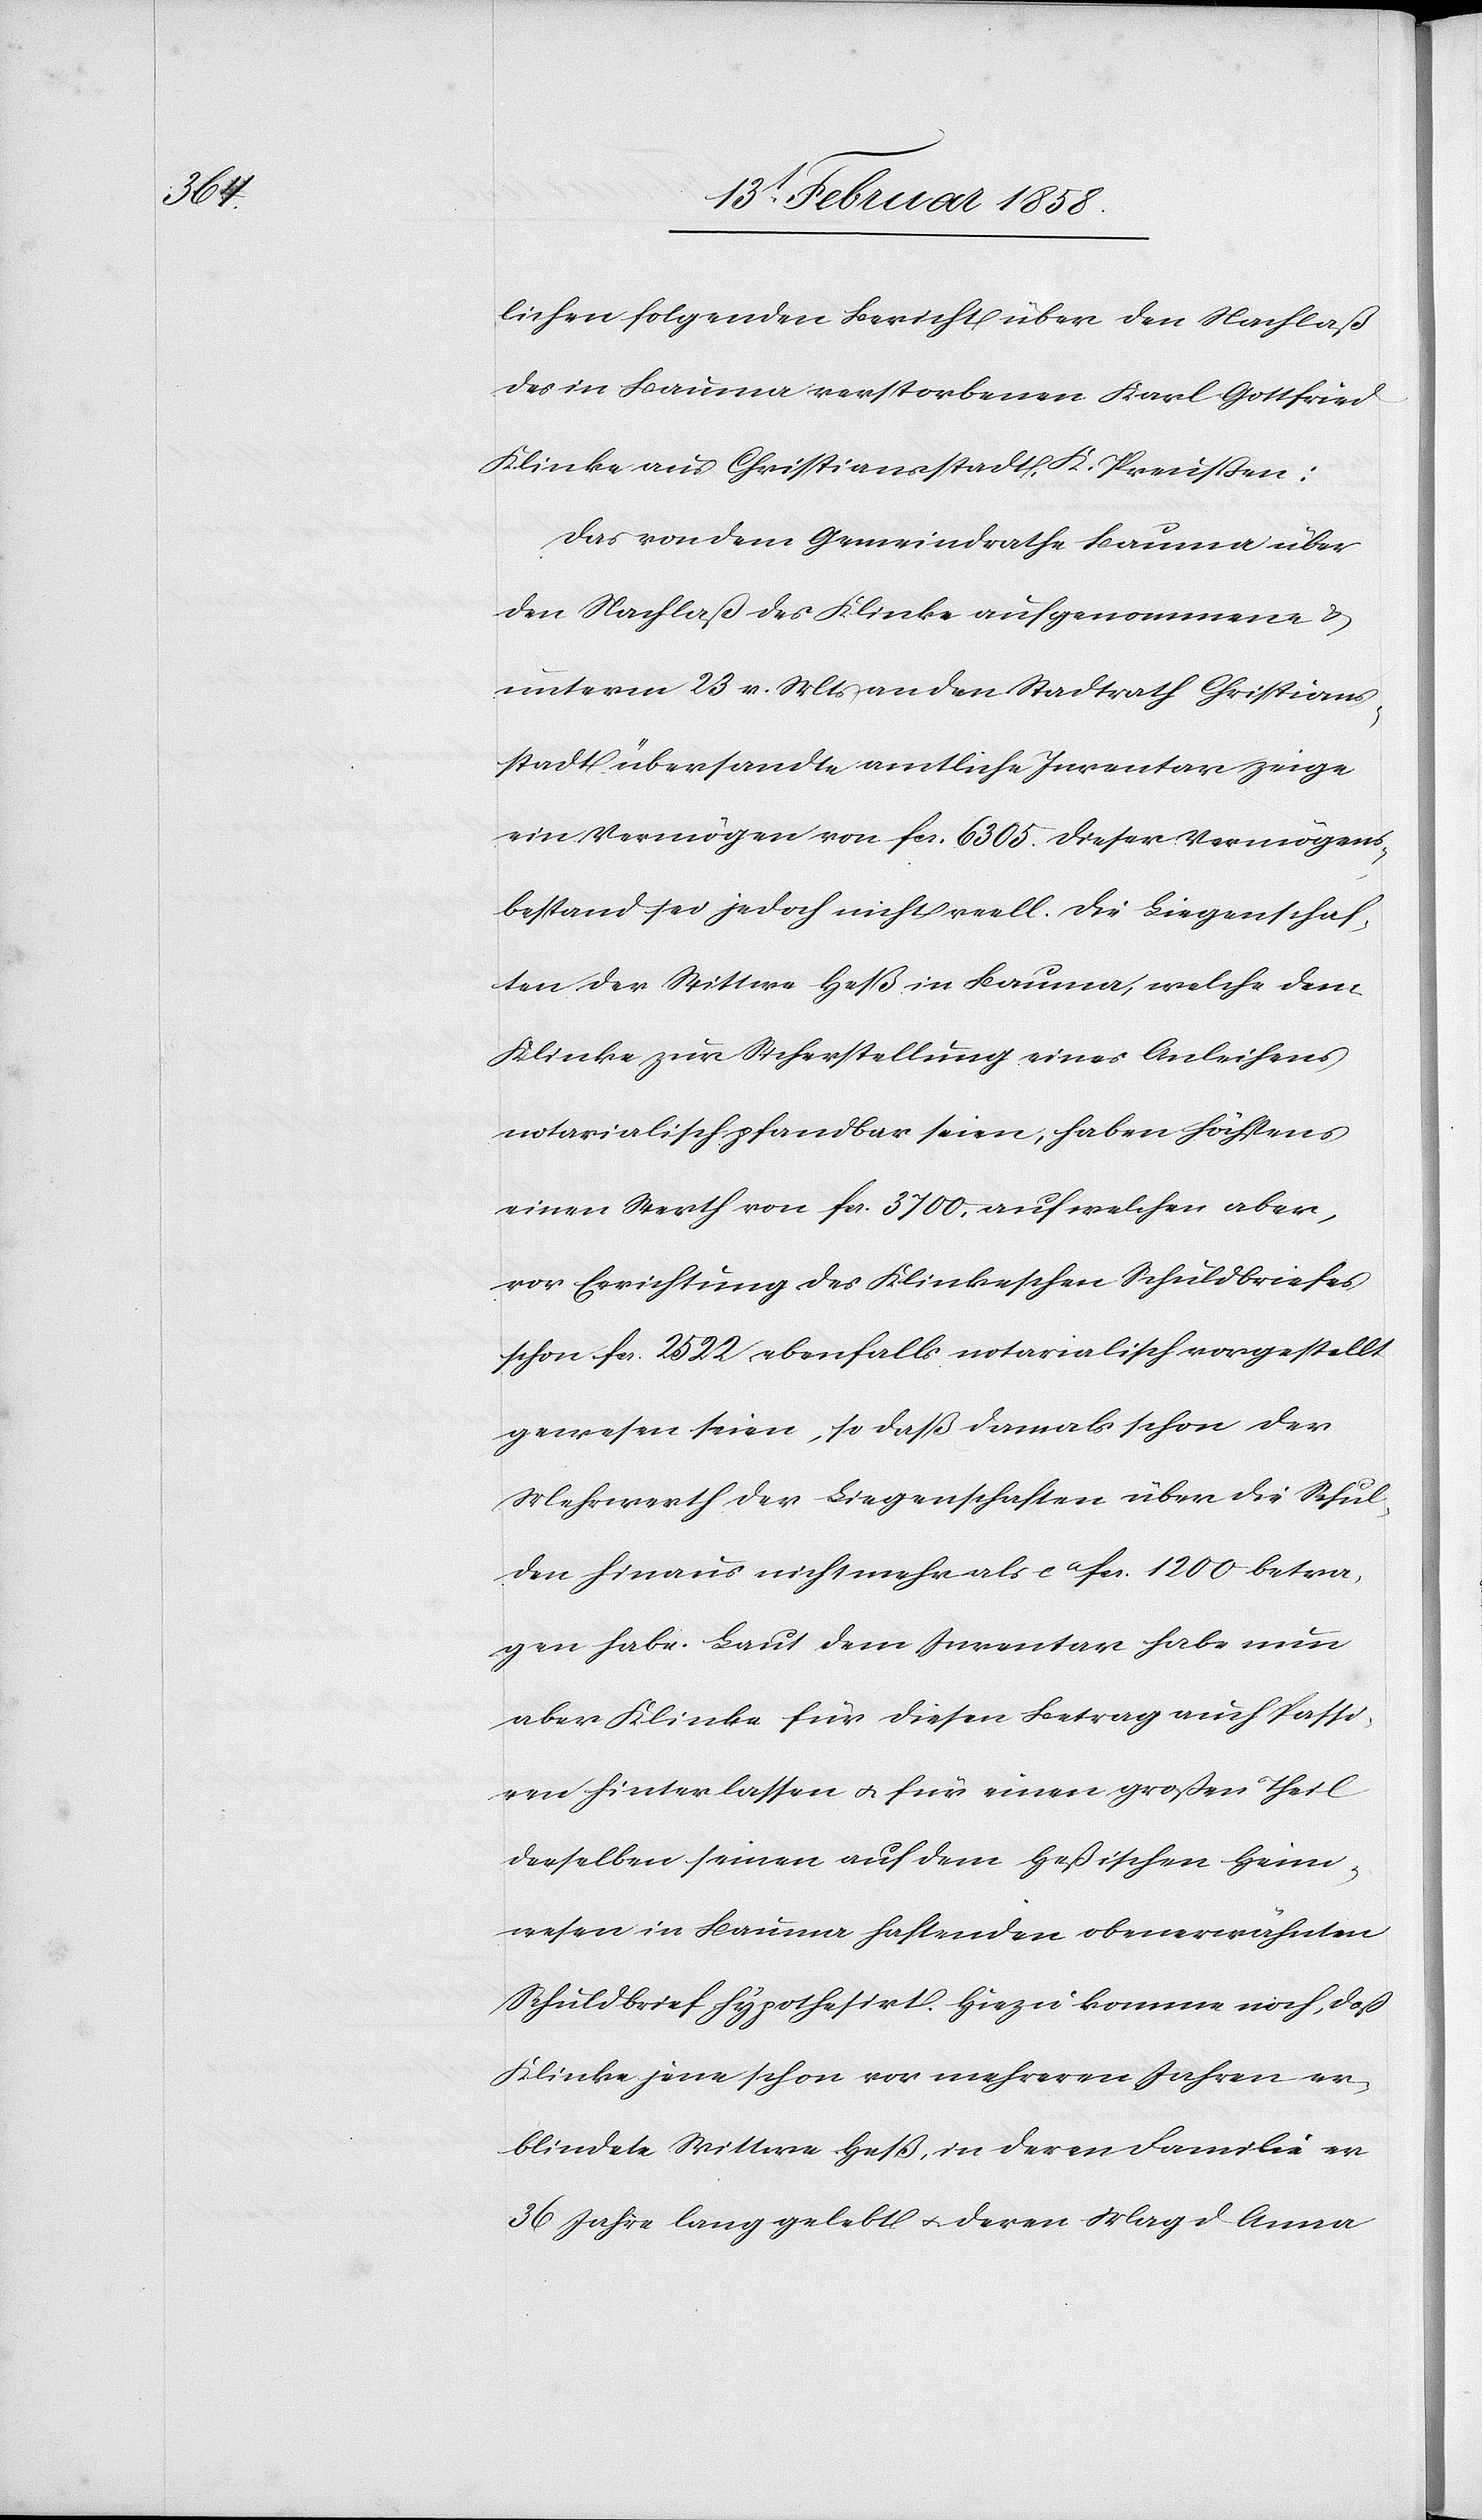
lichen folgenden Bericht über den Nachlaß
des in Bauma verstorbenen Karl Gottfried
Klinke aus Christiansstadt, K. Preußen:
Das von dem Gemeindrathe Bauma über
den Nachlaß des Klinke aufgenommene &
unterm 23 v. Mts an den Stadtrath Christians¬
stadt übersandte amtliche Inventar zeige
ein Vermögen von fcs. 6305. Dieser Vermögens¬
bestand sei jedoch nicht reell. Die Liegenschaf¬
ten der Wittwe Heß in Bauma, welche dem
Klinke zur Sicherstellung eines Anleihens
notarialisch pfandbar seien, haben höchstens
einen Werth von fcs. 3700, auf welchen aber,
vor Errichtung des Klinkerschen Schuldbriefes
schon fcs. 2522, ebenfalls notarialisch vorgestellt
gewesen seien, so daß damals schon der
Mehrwerth der Liegenschaften über die Schul¬
den hinaus nicht mehr als ca fcs. 1200 betra¬
gen habe. Laut dem Inventar habe nun
aber Klinke für diesen Betrag auch Passi¬
ven hinterlassen u. für einen großen Theil
derselben seinen auf dem Heßischen Heim¬
wesen in Bauma haftenden obenerwähnten
Schuldbrief hypothesirt. Hiezu komme noch, daß
Klinke jene schon vor mehreren Jahren er¬
blindete Wittwe Heß, in deren Familie er
36 Jahre lang gelebt u. deren Magd Anna